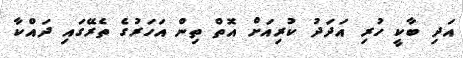
އަދި ބާކީ ހުރި އަދަދު ކުރިއަށް އޮތް ތިން އަހަރުގެ ތެރޭގައި ދައްކާ